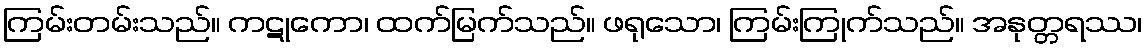
ကြမ်းတမ်းသည်။ ကဋုကော၊ ထက်မြက်သည်။ ဖရုသော၊ ကြမ်းကြုက်သည်။ အနုတ္တရဿ၊